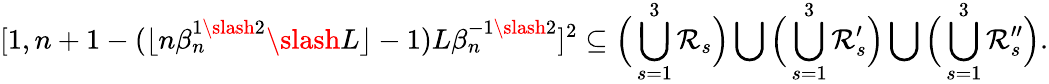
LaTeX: [1,n+1-(\lfloor n\beta_{n}^{1\slash 2}\slash L\rfloor-1)L\beta_{n}^{-1\slash 2}]^{2}\subseteq\Big(\bigcup_{s=1}^{3}\mathcal{R}_{s}\Big)\bigcup\Big(\bigcup_{s=1}^{3}\mathcal{R}_{s}^{\prime}\Big)\bigcup\Big(\bigcup_{s=1}^{3}\mathcal{R}_{s}^{\prime\prime}\Big).